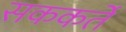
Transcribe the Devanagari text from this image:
सककर्ते